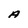
Character: A